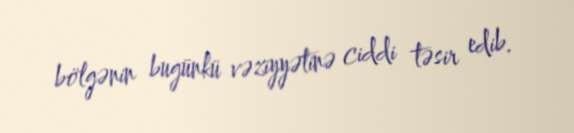
bölgənin bugünkü vəziyyətinə ciddi təsir edib.